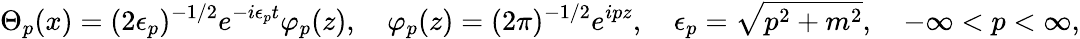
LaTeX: \Theta_{p}(x)=(2\epsilon_{p})^{-1/2}e^{-i\epsilon_{p}t}\varphi_{p}(z),\quad\varphi_{p}(z)=(2\pi)^{-1/2}e^{ipz},\quad\epsilon_{p}=\sqrt{p^{2}+m^{2}},\quad-\infty<p<\infty,